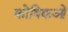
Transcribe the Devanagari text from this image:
कोषिकओं